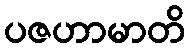
ပဇဟာမာတိ